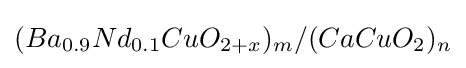
(Ba_{0.9}Nd_{0.1}CuO_{2+x})_{m}/(CaCuO_{2})_{n}